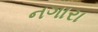
નગારા